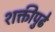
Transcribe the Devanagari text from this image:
शक्तीपुढे